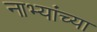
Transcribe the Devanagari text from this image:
नाभ्यांच्या